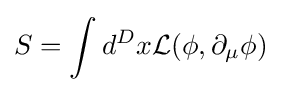
S=\int d^{D}x{\mathcal {L}}(\phi ,\partial _{\mu }\phi )